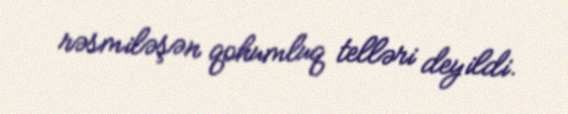
rəsmiləşən qohumluq telləri deyildi.